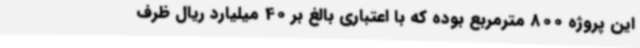
این پروژه 800 مترمربع بوده که با اعتباری بالغ بر 40 میلیارد ریال ظرف